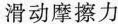
滑动摩擦力